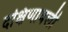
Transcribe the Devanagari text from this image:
दक्षिणावली